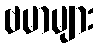
ဗမာများ